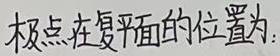
极点在复平面的位置为：